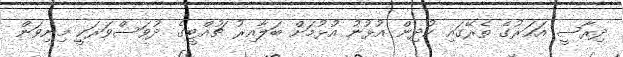
ދިރާސީ އަހަރުގެ ތެރޭގައި ކުދިން އުޅުނު އުޅުމަށް ބަލާއިރު ޗުއްޓީގެ ދުވަސްވަރަކީ މިނިވަން